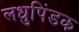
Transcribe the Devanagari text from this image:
लधुपिंडक